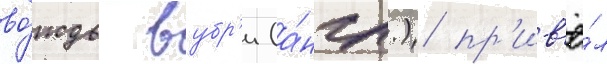
во́ждь вубр'и (а́нгл.) пр'ив'ё́л